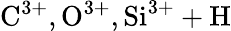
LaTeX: \mathrm{C^{3+},O^{3+},Si^{3+}+H}